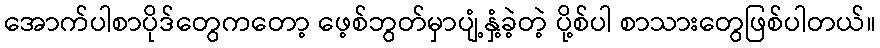
အောက်ပါစာပိုဒ်တွေကတော့ ဖေ့စ်ဘွတ်မှာပျံ့နှံ့ခဲ့တဲ့ ပို့စ်ပါ စာသားတွေဖြစ်ပါတယ်။